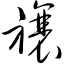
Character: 禳